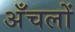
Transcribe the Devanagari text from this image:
अँचलों